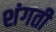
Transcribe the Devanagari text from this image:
शंगती